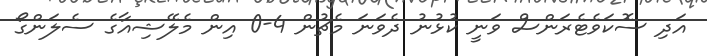
އަދި ސޮކަވެޓެރަންސް ވަނީ ކުޅުނު ދެވަނަ މެޗުން 4-0 އިން މެލޭޝިއާގެ ސެލަންގޯ